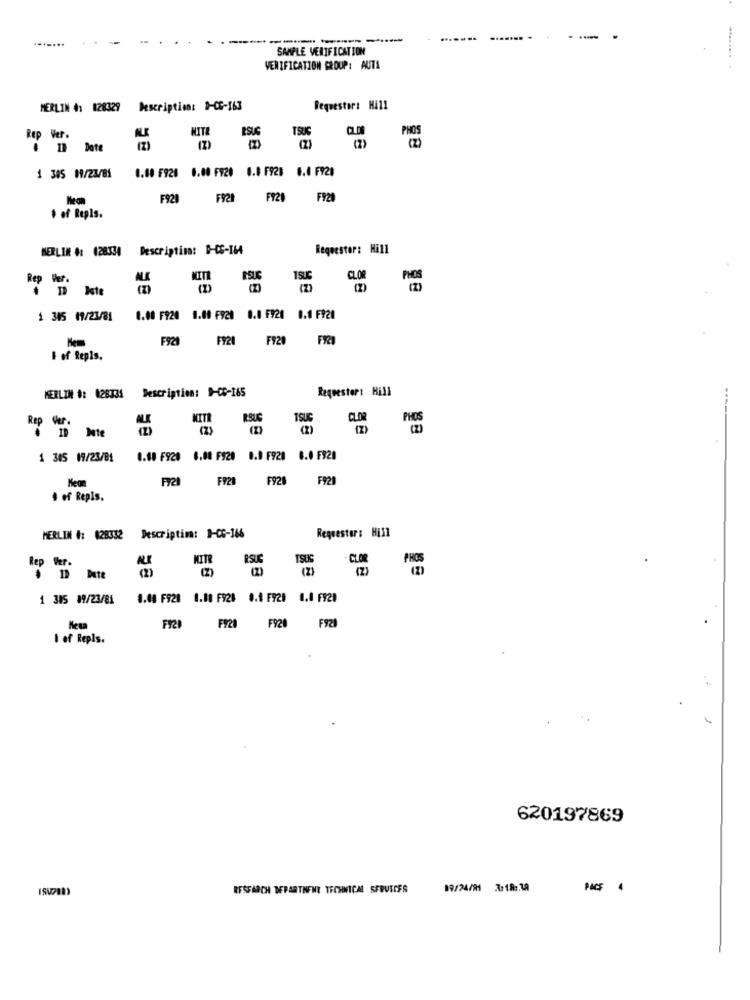
.......
SAMPLE VERIFICATION
VERIFICATION GROUP: AUTA
MERLIN 4: 028329 Description: 1-06-163
Requestor: Hill
NITE
ESUS
Rep Ver.
TSUG
19 Date
(Z)
0.60 F920 0.00 F920 6.0 F928 6.0 F928
1 385 09/23/81
F921
F928
F920 F920
+ of Repls.
BERLIN #: (28334
Description: D-CC-164
Requestor: Hill
Rep Ver.
MITE
ESUE
1SUC
CLOR
1 345 19/23/81
0.00 F920 1.00 F920 0.0 F920 0.0 F920
Nem
F921
F920 F920 FRI
I of Repls.
Requester: Hill
MERLIN #: #28334 Description: D-CD-165
MIT
RSUG
TSUG
CLORPHOS
Ver.
(Z)
(2)
1 bte
1 345 19/23/81
1.60 F920 6.00 F929 0.0 F920 6.0 F920
Neon
F2I
F920
F928 F929
. of Repls.
Requestor: Hill
MERLIN #: 028332 Descriptim: 1-06-366
MITR
RSU
TSUS
Rep Ver.
(2)
(2)
CLOR
PHOS
19 Dete
1 315 89/23/81
0.08 F920 0.00 F928 0.0 F920 0.0 F920
FIZI
F920 F920 F921
I of Repls.
620197869
RESEARCH DEPARTMENT TECHNICAL SFRUSIES
09/24/91 7:18 :. ZA
PACE 4